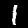
Label: 1